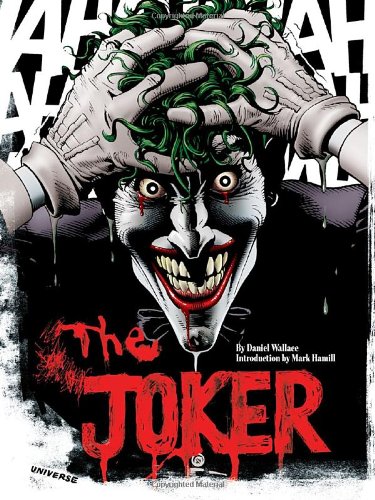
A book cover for The Joker: A Visual History of the Clown Prince of Crime; Daniel Wallace; Comics & Graphic Novels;